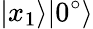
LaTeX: |x_{1}\rangle|0^{\circ}\rangle